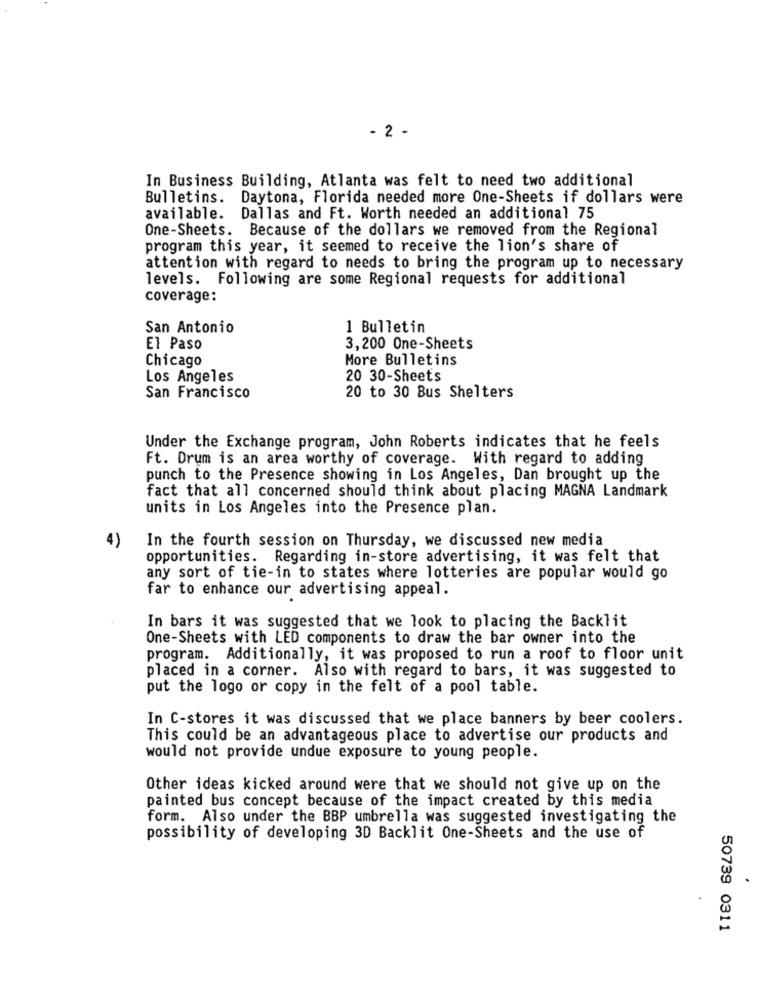
- 2 -
In Business Building, Atlanta was felt to need two additional
Bulletins.
Daytona, Florida needed more One-Sheets if dollars were
available.
Dallas and Ft. Worth needed an additional 75
One-Sheets. Because of the dollars we removed from the Regional
program this year, it seemed to receive the lion's share of
attention with regard to needs to bring the program up to necessary
levels. Following are some Regional requests for additional
coverage:
San Antonio
1 Bulletin
El Paso
3,200 One-Sheets
Chicago
More Bulletins
Los Angeles
20 30-Sheets
20 to 30 Bus Shelters
San Francisco
Under the Exchange program, John Roberts indicates that he feels
Ft. Drum is an area worthy of coverage. With regard to adding
punch to the Presence showing in Los Angeles, Dan brought up the
fact that all concerned should think about placing MAGNA Landmark
units in Los Angeles into the Presence plan.
4)
In the fourth session on Thursday, we discussed new media
opportunities. Regarding in-store advertising, it was felt that
any sort of tie-in to states where lotteries are popular would go
far to enhance our advertising appeal.
In bars it was suggested that we look to placing the Backlit
One-Sheets with LED components to draw the bar owner into the
program. Additionally, it was proposed to run a roof to floor unit
placed in a corner. Also with regard to bars, it was suggested to
put the logo or copy in the felt of a pool table.
In C-stores it was discussed that we place banners by beer coolers.
This could be an advantageous place to advertise our products and
would not provide undue exposure to young people.
Other ideas kicked around were that we should not give up on the
painted bus concept because of the impact created by this media
form. Also under the BBP umbrella was suggested investigating the
possibility of developing 3D Backlit One-Sheets and the use of
50739 0311